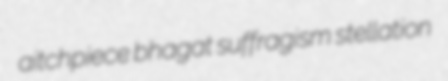
aitchpiece bhagat suffragism stellation